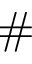
\#